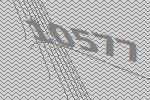
10577